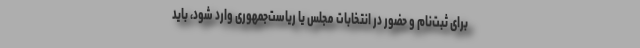
برای ثبت‌نام و حضور در انتخابات مجلس یا ریاست‌جمهوری وارد شود، باید